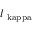
l _ { \mathrm { \ k a p p a } }